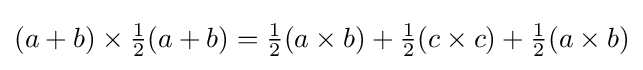
(a+b)\times {\tfrac {1}{2}}(a+b)={\tfrac {1}{2}}(a\times b)+{\tfrac {1}{2}}(c\times c)+{\tfrac {1}{2}}(a\times b)